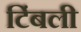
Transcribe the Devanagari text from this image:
टिंबली